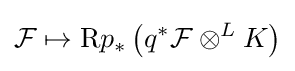
{\mathcal {F}}\mapsto \mathrm {R} p_{*}\left(q^{*}{\mathcal {F}}\otimes ^{L}K\right)